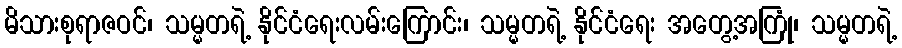
မိသားစုရာဇဝင်၊ သမ္မတရဲ့ နိုင်ငံရေးလမ်းကြောင်း၊ သမ္မတရဲ့ နိုင်ငံရေး အတွေ့အကြုံ၊ သမ္မတရဲ့